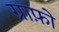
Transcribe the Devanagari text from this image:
ग्राफ़ो